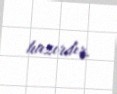
hazırdır.